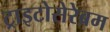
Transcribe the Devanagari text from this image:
ट्राइटोसेरेब्रम